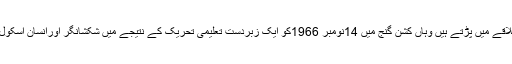
یہ پسماندہ گاؤں جس علاقے میں پڑتے ہیں وہاں کشن گنج میں 14نومبر 1966کو ایک زبردست تعلیمی تحریک کے نتیجے میں شکشانگر اورانسان اسکول کا قیام عمل میں آیاتھا۔